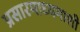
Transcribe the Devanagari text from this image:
प्रसारमाध्यमाशी